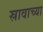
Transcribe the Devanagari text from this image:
स्रावाच्या